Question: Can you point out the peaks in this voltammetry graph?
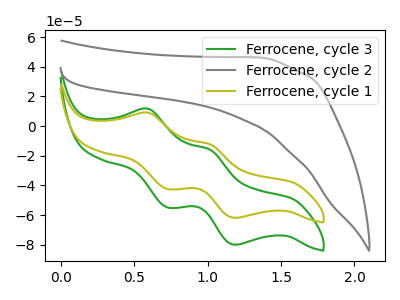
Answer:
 <answer>The green curve "Ferrocene, cycle 3" has anodic peaks at (0.60V, 11.70uA) (1.00V, -15.75uA) and cathodic peaks at (0.75V, -54.85uA) (1.20V, -79.90uA). The gray curve "Ferrocene, cycle 2" has no peaks. The olive curve "Ferrocene, cycle 1" has anodic peaks at (0.60V, 9.05uA) (1.00V, -12.20uA) and cathodic peaks at (0.75V, -42.40uA) (1.20V, -61.80uA).</answer>
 <eval></eval>